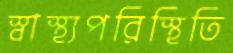
স্বাস্থ্যপরিস্থিতি